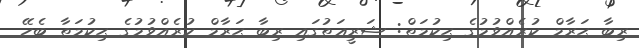
ރިބާ ޙަރާމް ކުރެއްވުމުގެ ޙިކުމަތް: ޝަރީޢަތުގައި ރިބާ ޙަރާމް ކުރެއްވުމުގެ ޙިކުމަތާ ބެހޭ